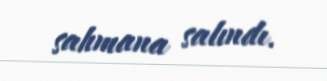
sahmana salındı.